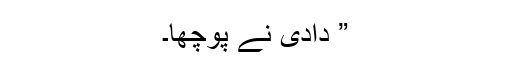
” دادی نے پوچھا۔